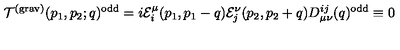
{ \cal T } ^ { ( \mathrm { g r a v } ) } ( p _ { 1 } , p _ { 2 } ; q ) ^ { \mathrm { o d d } } = i { \cal E } _ { i } ^ { \mu } ( p _ { 1 } , p _ { 1 } - q ) { \cal E } _ { j } ^ { \nu } ( p _ { 2 } , p _ { 2 } + q ) D _ { \mu \nu } ^ { i j } ( q ) ^ { \mathrm { o d d } } \equiv 0